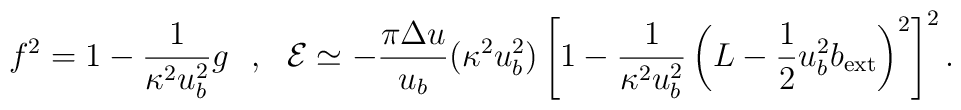
f^2=1-\frac{1}{\kappa^2u^2_b}g\ \ ,\ \ {\cal E}\simeq -\frac{\pi\Delta u}{u_b}(\kappa^2u^2_b)\left[1-\frac{1}{\kappa^2u^2_b}\left(L-\frac{1}{2}u^2_bb_{\rm ext}\right)^2\right]^2.